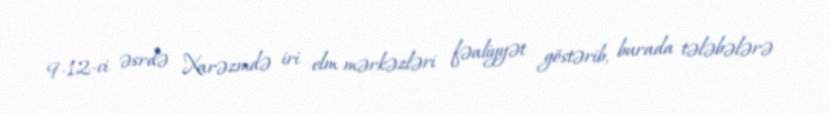
9-12-ci əsrdə Xarəzmdə iri elm mərkəzləri fəaliyyət göstərib, burada tələbələrə